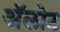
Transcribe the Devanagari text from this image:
अॅलोट